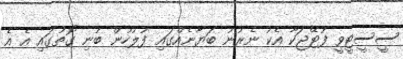
ސީސީޓީވީ ފުޓޭޖަކާ އެކު ނެރުނު ބަޔާނެއްގައި ފުލުހުން ބުނި ގޮތުގައި އެ އެ